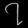
Digit: ၇